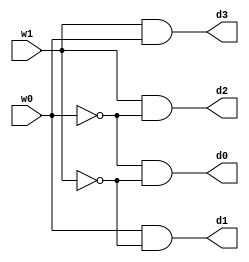
module decoder_24_1b(w1, w0, d3, d2, d1, d0);
   input w1;
   input w0;
   output d3;
   output d2;
   output d1;
   output d0;
   
   wire nw0;
   not #(1) not0(nw0, w0);
   wire nw1;
   not #(1) not1(nw1, w1);

   and #(3) and0(d0, nw0, nw1);
   and #(3) and1(d1, w0, nw1);
   and #(3) and2(d2, w1, nw0);
   and #(3) and3(d3, w1, w0);
endmodule